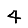
Digit: 4